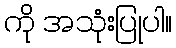
ကို အသုံးပြုပါ။